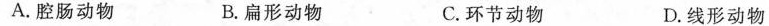
A.腔肠动物 B.扁形动物 C.环节动物 D.线形动物